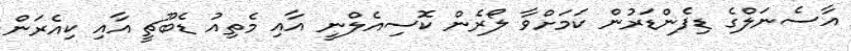
އާސެނަލްގެ ޑިފެންޑަރުން ކަމަށްވާ ލޯރެން ކޮސިއެލްނީ އާއި މެތިއު ޑެބޫޗީ އާއި ކިއެރަން